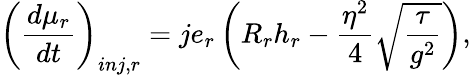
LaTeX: \left(\frac{d\mu_{r}}{dt}\right)_{inj,r}=je_{r}\left(R_{r}h_{r}-\frac{\eta^{2}}{4}\sqrt{\frac{\tau}{g^{2}}}\right),